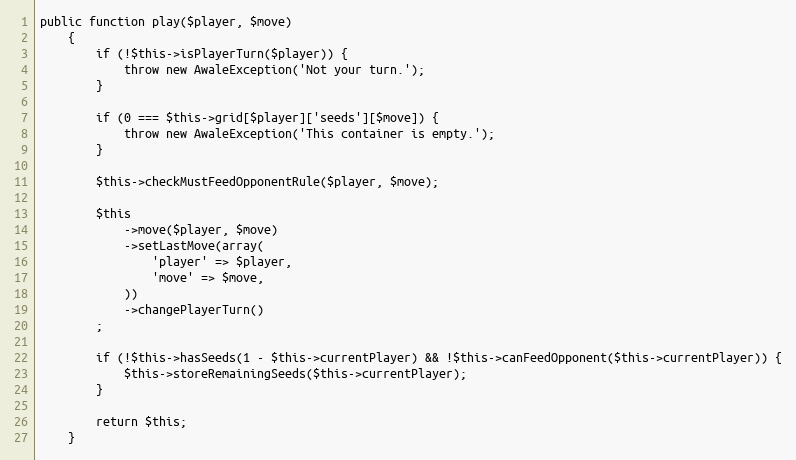
Language: PHP
public function play($player, $move)
    {
        if (!$this->isPlayerTurn($player)) {
            throw new AwaleException('Not your turn.');
        }

        if (0 === $this->grid[$player]['seeds'][$move]) {
            throw new AwaleException('This container is empty.');
        }

        $this->checkMustFeedOpponentRule($player, $move);

        $this
            ->move($player, $move)
            ->setLastMove(array(
                'player' => $player,
                'move' => $move,
            ))
            ->changePlayerTurn()
        ;

        if (!$this->hasSeeds(1 - $this->currentPlayer) && !$this->canFeedOpponent($this->currentPlayer)) {
            $this->storeRemainingSeeds($this->currentPlayer);
        }

        return $this;
    }